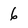
Character: 6